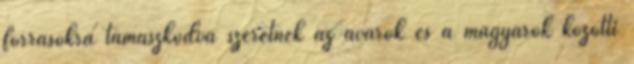
forrásokra támaszkodva szeretnék az avarok és a magyarok közötti